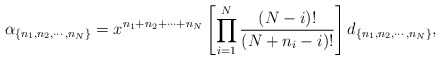
\begin{align*}\alpha_{ \{ n_1,n_2,\cdots,n_N \} } = x^{n_1+n_2+ \cdots + n_N}\left[ \prod_{i=1}^N\frac{(N-i)!}{(N+n_i-i)!} \right] d_{ \{ n_1,n_2,\cdots,n_N \} },\end{align*}